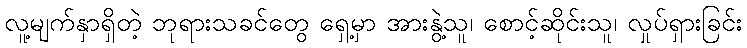
လူ့မျက်နှာရှိတဲ့ ဘုရားသခင်တွေ ရှေ့မှာ အားနွဲ့သူ၊ စောင့်ဆိုင်းသူ၊ လှုပ်ရှားခြင်း